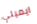
ايميلي